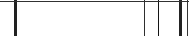
١٠٦